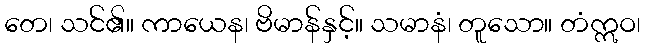
တေ၊ သင်၏။ ကာယေန၊ ဗိမာန်နှင့်။ သမာနံ၊ တူသော။ တံဣဝ၊